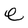
Character: e